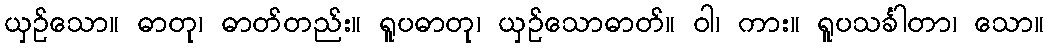
ယှဉ်သော။ ဓာတု၊ ဓာတ်တည်း။ ရူပဓာတု၊ ယှဉ်သောဓာတ်။ ဝါ၊ ကား။ ရူပသင်္ခါတာ၊ သော။